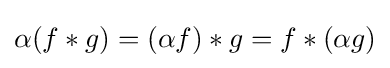
\alpha (f*g)=(\alpha f)*g=f*(\alpha g)